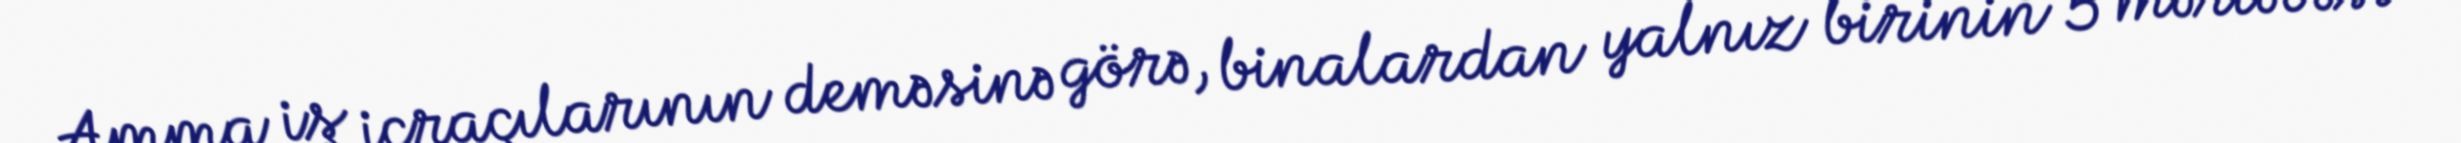
Amma iş icraçılarının deməsinə görə, binalardan yalnız birinin 5 mərtəbəsi